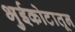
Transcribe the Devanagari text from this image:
भुईकोटातून